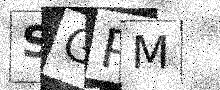
Text: SGPM